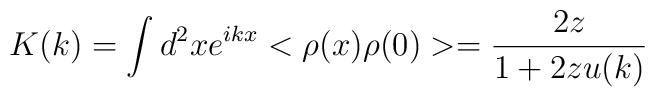
K(k)=\int d^2x e^{ikx}<\rho(x)  \rho(0)>=\frac{2z}{1+2zu(k)}